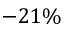
- 2 1 \%